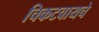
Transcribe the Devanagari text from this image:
चिकटवायचे